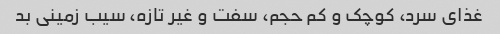
غذای سرد، کوچک و کم حجم، سفت و غیر تازه، سیب زمینی بد